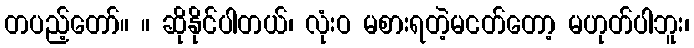
တပည့်တော်။ ။ ဆိုနိုင်ပါတယ်၊ လုံးဝ မစားရတဲ့မငတ်တော့ မဟုတ်ပါဘူး၊